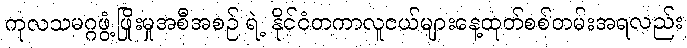
ကုလသမဂ္ဂဖွံ့ဖြိုးမှုအစီအစဉ် ရဲ့ နိုင်ငံတကာလူငယ်များနေ့ထုတ်စစ်တမ်းအရလည်း